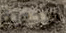
أعجوبة